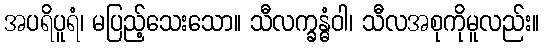
အပရိပူရံ၊ မပြည့်သေးသော။ သီလက္ခန္ဓံဝါ၊ သီလအစုကိုမူလည်း။